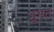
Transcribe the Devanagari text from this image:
शुभत